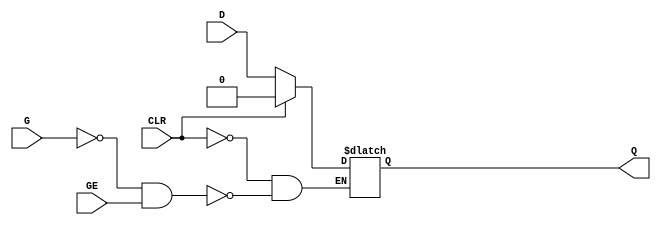
// $Header: /devl/xcs/repo/env/Databases/CAEInterfaces/xec_libs/data/unisims/LDCE_1.v,v 1.1 2005/05/10 01:20:06 wloo Exp $

/*

FUNCTION	: D-LATCH with async clear and gate enable

*/

`celldefine
`timescale  100 ps / 10 ps

module LDCE_1 (Q, CLR, D, G, GE);

    parameter INIT = 1'b0;

    output Q;
    reg    Q;

    input  CLR, D, G, GE;

	always @( CLR or D or G or GE)
	    if (CLR)
		Q <= 0;
	    else if (!G && GE)
		Q <= D;

endmodule